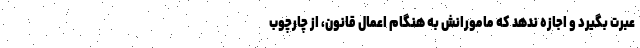
عبرت بگیرد و اجازه ندهد که مامورانش به هنگام اعمال قانون، از چارچوب